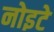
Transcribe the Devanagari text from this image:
नोइटे